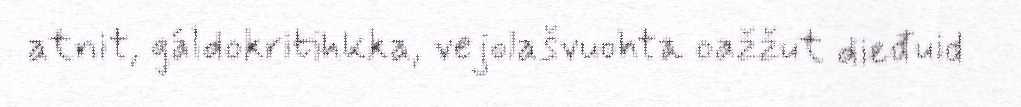
atnit, gáldokritihkka, vejolašvuohta oažžut dieđuid